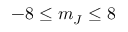
- 8 \leq m _ { J } \leq 8